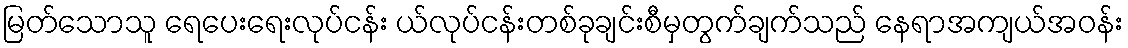
မြတ်သောသူ ရေပေးရေးလုပ်ငန်း ယ်လုပ်ငန်းတစ်ခုချင်းစီမှတွက်ချက်သည် နေရာအကျယ်အဝန်း